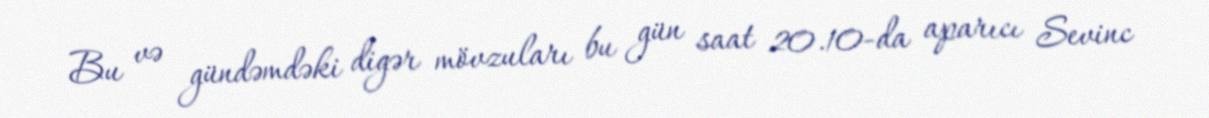
Bu və gündəmdəki digər mövzuları bu gün saat 20.10-da aparıcı Sevinc